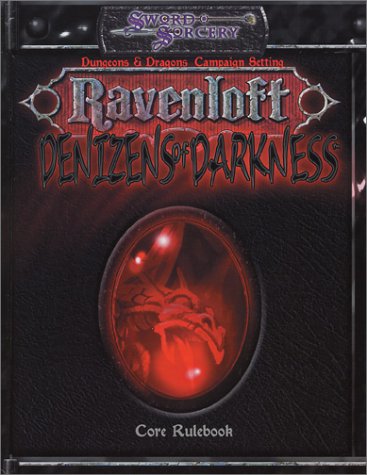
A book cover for Denizens of Darkness (d20 3.0 Fantasy Roleplaying, Ravenloft); Arthaus Staff; Science Fiction & Fantasy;